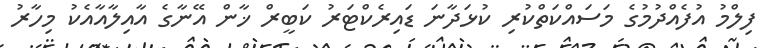
ފިލްމު އުފެއްދުމުގެ މަސައްކަތްކުރި ކުޅަދާނަ ޑައިރެކްޓަރު ކަބީރް ޚާން އޭނާގެ އާއިލާއާއެކު މިހާރު